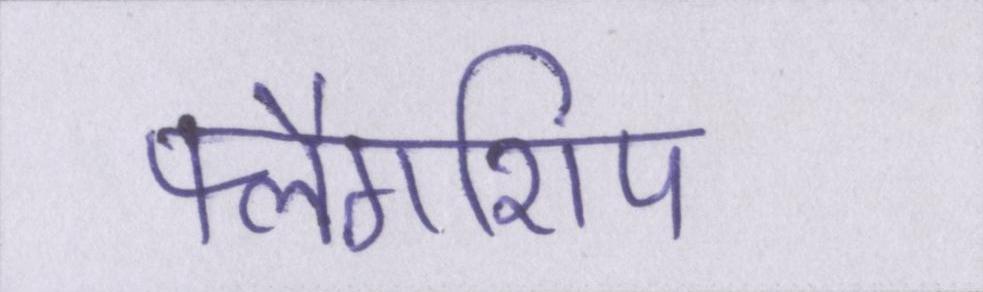
फ्लैगशिप